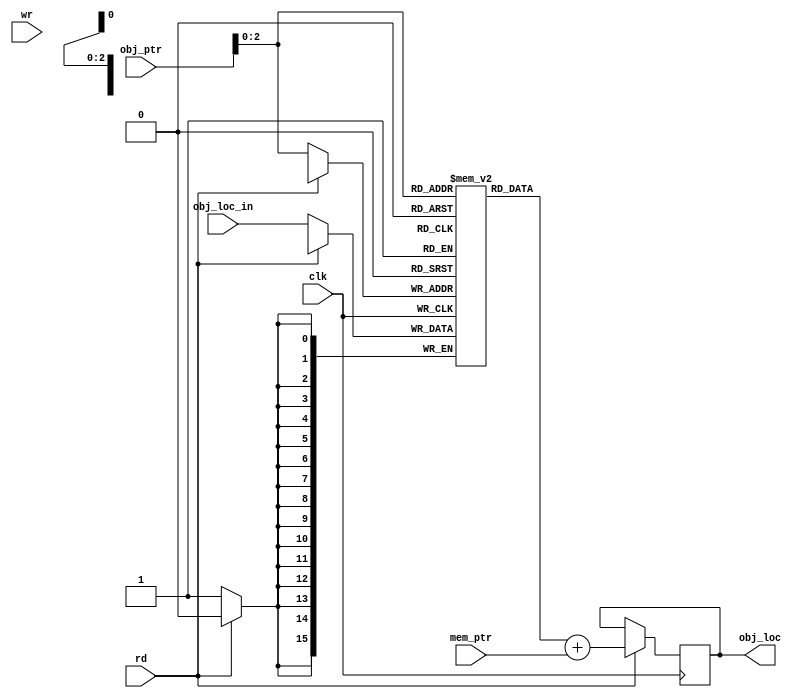
`timescale 1ns / 1ps

module obj_ref(
    input [3:0] obj_ptr,
	 input [7:0] mem_ptr,
    input clk,
	 input rd,
	 input wr,
	 input [15:0] obj_loc_in,
    output reg [15:0] obj_loc
    );

	reg [15:0] obj[7:0];

	initial begin
		obj[0] = 16'h0100;
		obj[1] = 16'h0200;
		obj[2] = 16'h0300;
		obj[3] = 16'h0400;
		obj[4] = 16'h0500;
		obj[5] = 16'h0600;
		obj[6] = 16'h0700;
		obj[7] = 16'h0800;
	end
	
	always @(posedge clk) begin
		if(rd)
			obj_loc <= (obj[obj_ptr]+mem_ptr);
		else
			obj[obj_ptr] <= obj_loc_in;
	end
	
endmodule